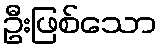
ဦးဖြစ်သော